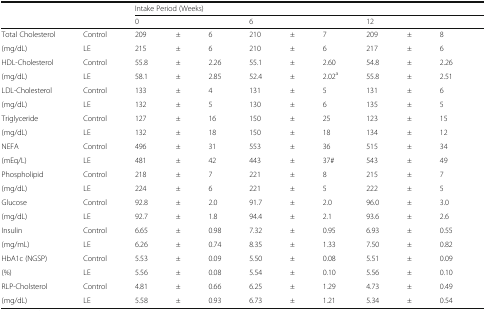
<table><thead><tr><td></td><td></td><td colspan="10"><b>Intake Period (Weeks)</b></td></tr><tr><td></td><td></td><td colspan="3"><b>0</b></td><td colspan="3"><b>6</b></td><td colspan="3"><b>12</b></td><td></td></tr></thead><tbody><tr><td>Total Cholesterol</td><td>Control</td><td>209</td><td>±</td><td>6</td><td>210</td><td>±</td><td>7</td><td>209</td><td>±</td><td>8</td><td></td></tr><tr><td>(mg/dL)</td><td>LE</td><td>215</td><td>±</td><td>6</td><td>210</td><td>±</td><td>6</td><td>217</td><td>±</td><td>6</td><td></td></tr><tr><td>HDL-Cholesterol</td><td>Control</td><td>55.8</td><td>±</td><td>2.26</td><td>55.1</td><td>±</td><td>2.60</td><td>54.8</td><td>±</td><td>2.26</td><td></td></tr><tr><td>(mg/dL)</td><td>LE</td><td>58.1</td><td>±</td><td>2.85</td><td>52.4</td><td>±</td><td>2.02<sup>a</sup></td><td>55.8</td><td>±</td><td>2.51</td><td></td></tr><tr><td>LDL-Cholesterol</td><td>Control</td><td>133</td><td>±</td><td>4</td><td>131</td><td>±</td><td>5</td><td>131</td><td>±</td><td>6</td><td></td></tr><tr><td>(mg/dL)</td><td>LE</td><td>132</td><td>±</td><td>5</td><td>130</td><td>±</td><td>6</td><td>135</td><td>±</td><td>5</td><td></td></tr><tr><td>Triglyceride</td><td>Control</td><td>127</td><td>±</td><td>16</td><td>150</td><td>±</td><td>25</td><td>123</td><td>±</td><td>15</td><td></td></tr><tr><td>(mg/dL)</td><td>LE</td><td>132</td><td>±</td><td>18</td><td>150</td><td>±</td><td>18</td><td>134</td><td>±</td><td>12</td><td></td></tr><tr><td>NEFA</td><td>Control</td><td>496</td><td>±</td><td>31</td><td>553</td><td>±</td><td>36</td><td>515</td><td>±</td><td>34</td><td></td></tr><tr><td>(mEq/L)</td><td>LE</td><td>481</td><td>±</td><td>42</td><td>443</td><td>±</td><td>37#</td><td>543</td><td>±</td><td>49</td><td></td></tr><tr><td>Phospholipid</td><td>Control</td><td>218</td><td>±</td><td>7</td><td>221</td><td>±</td><td>8</td><td>215</td><td>±</td><td>7</td><td></td></tr><tr><td>(mg/dL)</td><td>LE</td><td>224</td><td>±</td><td>6</td><td>221</td><td>±</td><td>5</td><td>222</td><td>±</td><td>5</td><td></td></tr><tr><td>Glucose</td><td>Control</td><td>92.8</td><td>±</td><td>2.0</td><td>91.7</td><td>±</td><td>2.0</td><td>96.0</td><td>±</td><td>3.0</td><td></td></tr><tr><td>(mg/dL)</td><td>LE</td><td>92.7</td><td>±</td><td>1.8</td><td>94.4</td><td>±</td><td>2.1</td><td>93.6</td><td>±</td><td>2.6</td><td></td></tr><tr><td>Insulin</td><td>Control</td><td>6.65</td><td>±</td><td>0.98</td><td>7.32</td><td>±</td><td>0.95</td><td>6.93</td><td>±</td><td>0.55</td><td></td></tr><tr><td>(mg/mL)</td><td>LE</td><td>6.26</td><td>±</td><td>0.74</td><td>8.35</td><td>±</td><td>1.33</td><td>7.50</td><td>±</td><td>0.82</td><td></td></tr><tr><td>HbA1c (NGSP)</td><td>Control</td><td>5.53</td><td>±</td><td>0.09</td><td>5.50</td><td>±</td><td>0.08</td><td>5.51</td><td>±</td><td>0.09</td><td></td></tr><tr><td>(%)</td><td>LE</td><td>5.56</td><td>±</td><td>0.08</td><td>5.54</td><td>±</td><td>0.10</td><td>5.56</td><td>±</td><td>0.10</td><td></td></tr><tr><td>RLP-Cholsterol</td><td>Control</td><td>4.81</td><td>±</td><td>0.66</td><td>6.25</td><td>±</td><td>1.29</td><td>4.73</td><td>±</td><td>0.49</td><td></td></tr><tr><td>(mg/dL)</td><td>LE</td><td>5.58</td><td>±</td><td>0.93</td><td>6.73</td><td>±</td><td>1.21</td><td>5.34</td><td>±</td><td>0.54</td><td></td></tr></tbody></table>